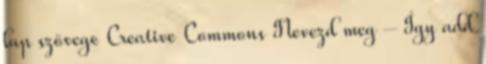
lap szövege Creative Commons Nevezd meg – Így add